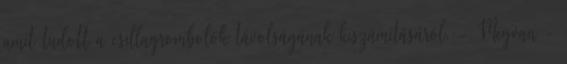
amit tudott a csillagrombolók távolságának kiszámításáról. - Megvan -